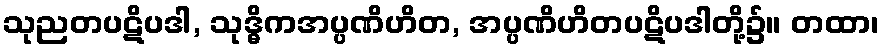
သုညတပဋိပဒါ, သုဒ္ဓိကအပ္ပဏိဟိတ, အပ္ပဏိဟိတပဋိပဒါတို့၌။ တထာ၊